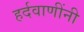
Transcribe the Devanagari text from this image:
हर्दवाणींनी